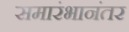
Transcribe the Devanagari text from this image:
समारंभानंतर